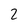
Character: 2